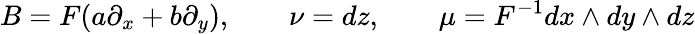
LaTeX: B=F(a\partial_{x}+b\partial_{y}),\qquad\nu=dz,\qquad\mu=F^{-1}dx\wedge dy\wedge dz